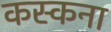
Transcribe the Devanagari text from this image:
कस्कना